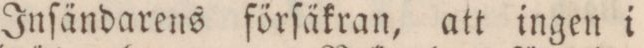
Inſändarens förſäkran, att ingen i